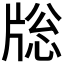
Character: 𤗉